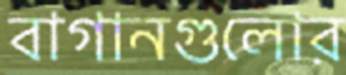
বাগানগুলোর